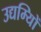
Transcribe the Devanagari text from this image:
उद्यम्यिों